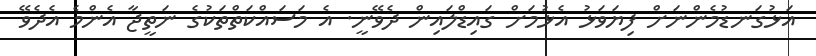
އަޅުގަނޑުމެންނަށް ފިޔަވަޅު އެޅުމަށް ގައިޑްލައިން ދެވޭނީ. އެ މަސައްކަތްތަކުގެ ނަތީޖާ އެންމެ އެދެވޭ